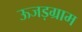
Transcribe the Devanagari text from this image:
ऊजड़ग्राम